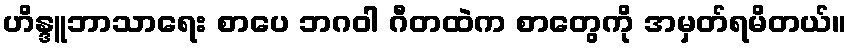
ဟိန္ဒူဘာသာရေး စာပေ ဘဂဝါ ဂီတထဲက စာတွေကို အမှတ်ရမိတယ်။